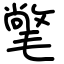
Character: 氅